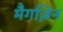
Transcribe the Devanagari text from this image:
मैगज़िन